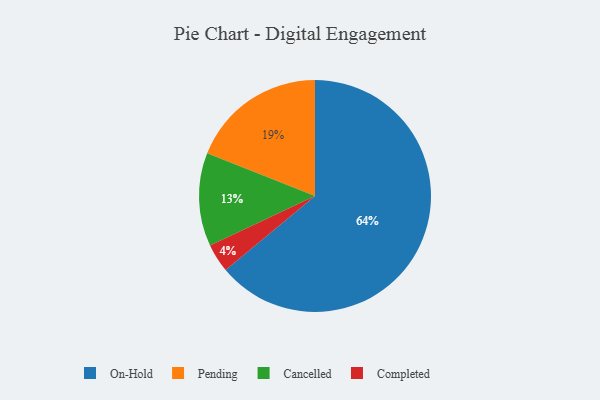
{"axis": {"x": "Category", "y": "Percentage"}, "legend": ["Cancelled", "Completed", "On-Hold", "Pending"], "data": [{"x": "On-Hold", "y": 64, "type": "On-Hold"}, {"x": "Pending", "y": 19, "type": "Pending"}, {"x": "Completed", "y": 4, "type": "Completed"}, {"x": "Cancelled", "y": 13, "type": "Cancelled"}]}